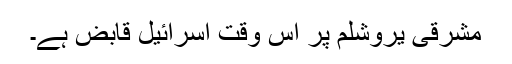
مشرقی یروشلم پر اس وقت اسرائیل قابض ہے۔